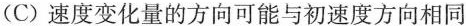
(C) 速度变化量的方向可能与初速度方向相同